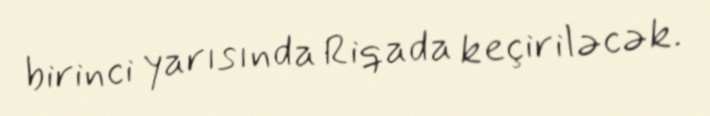
birinci yarısında Riqada keçiriləcək.